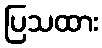
ပြသထား